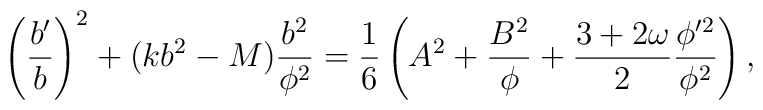
\left({b'\over b}\right)^2 + ( kb^2-M) {b^2\over\phi^2} = {1\over6}\left( A^2 +{B^2\over \phi} + {3+2\omega\over 2}{\phi'^2\over\phi^2}\right),